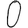
Digit: 0